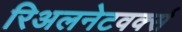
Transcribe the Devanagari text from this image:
रिअलनेटवर्क्स